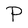
Character: P